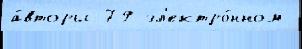
а́вторы 79 эл'ектро́нном